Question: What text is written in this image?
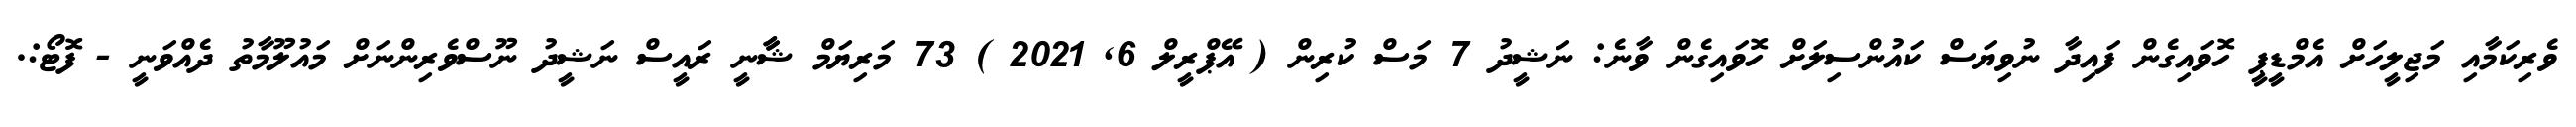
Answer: ވެރިކަމާއި މަޖިލީހަށް އެމްޑީޕީ ހޮވައިގެން ފައިދާ ނުވިޔަސް ކައުންސިލަށް ހޮވައިގެން ވާނެ: ނަޝީދު 7 މަސް ކުރިން ( އޭޕްރީލް 6, 2021 ) 73 މަރިޔަމް ޝާާނީ ރައީސް ނަޝީދު ނޫސްވެރިންނަށް މައުލޫމާތު ދެއްވަނީ - ފޮޓޯ:.